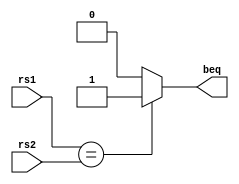
/////////////
/// BRANCH COMP
////////////////

`timescale 1ps/1ps 
module BR_COMP (
				output reg  beq , 
				input [31:0] rs1 , rs2 
); 
 

		always @(*)
		begin #10
		 if (rs1 ==rs2)
		
			beq = 1 ; 
		 else
		    beq =0 ; 
	
	
	
	  end



endmodule